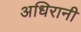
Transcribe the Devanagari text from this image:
अधिरानी